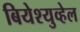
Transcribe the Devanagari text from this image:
बियेश्युव्हेल